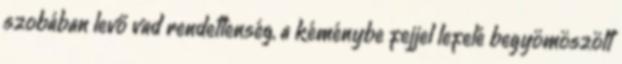
szobában levő vad rendetlenség, a kéménybe fejjel lefelé begyömöszölt